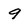
Character: 9